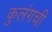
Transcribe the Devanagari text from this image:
कुलंगची